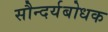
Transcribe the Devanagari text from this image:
सौन्दर्यबोधक